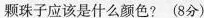
颗珠子应该是什么颜色? (8分)